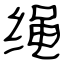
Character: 绳